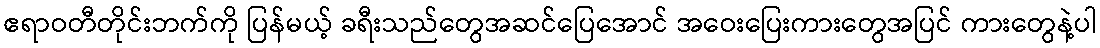
ဧရာဝတီတိုင်းဘက်ကို ပြန်မယ့် ခရီးသည်တွေအဆင်ပြေအောင် အဝေးပြေးကားတွေအပြင် ကားတွေနဲ့ပါ